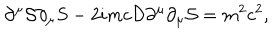
\partial ^ { \mu } { \cal S } \partial _ { \mu } S - 2 i m c { \cal D } \partial ^ { \mu } \partial _ { \mu } { \cal S } = m ^ { 2 } c ^ { 2 } ,